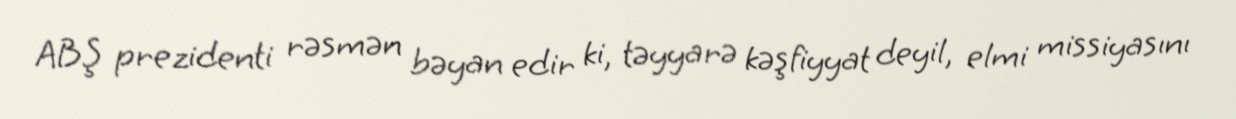
ABŞ prezidenti rəsmən bəyan edir ki, təyyarə kəşfiyyat deyil, elmi missiyasını